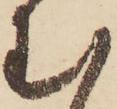
む